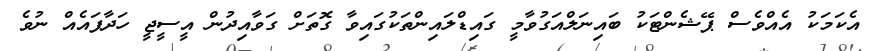
އެކަމަކު އެއްވެސް ޕޭޝެންޓަކު ބައިނަލްއަގުވާމީ ގައިޑްލައިންތަކުގައިވާ ގޮތަށް ގަވާއިދުން އީސީޖީ ހަދާފައެއް ނުވެ